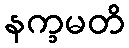
နက္ခမတိ